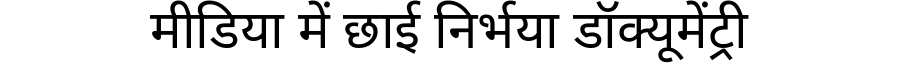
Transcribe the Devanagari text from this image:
मीडिया में छाई निर्भया डॉक्यूमेंट्री